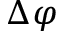
\Delta \varphi